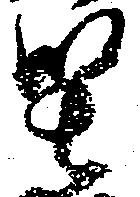
堅